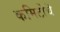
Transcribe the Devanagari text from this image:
कमिटीचॆ